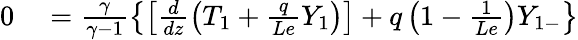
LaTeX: \begin{array}{rl}{0}&{{}=\frac{\gamma}{\gamma-1}\left\{ \left[\frac{d}{dz}\left(T_{1}+\frac{q}{Le}Y_{1}\right)\right]+q\left(1-\frac{1}{Le}\right)Y_{1-}\right\} }\end{array}